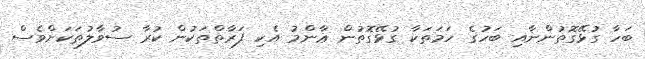
ބަހާ ގުޅޭގޮތުންނާއި ބަހުގެ ހަމަތަކާ ގުޅޭގޮތުން ޢާންމު އެކި ފަރާތްތަކުން ކުރާ ސުވާލުތަކަށްވެސް